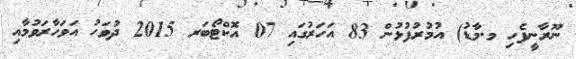
ނޫރާނީފެހި މ.މާޑު) އުމުރުފުޅުން 83 އަހަރުގައި 07 އޮކްޓޯބަރ 2015 ދުވަހު އަވަހާރަވުމާއި